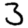
Digit: 3